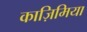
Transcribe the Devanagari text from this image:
काज़िमिया